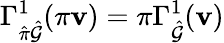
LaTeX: \Gamma_{\hat{\pi}\hat{\mathcal{G}}}^{1}(\pi\mathbf{v})=\pi\Gamma_{\hat{\mathcal{G}}}^{1}(\mathbf{v})